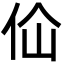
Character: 佡